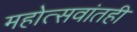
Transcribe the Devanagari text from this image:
महोत्सवांतही